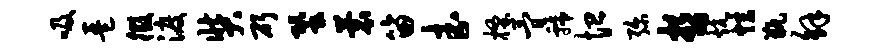
吸琶徵渡奘斫蛩蓑笛武搔简虢恤弥哲炕炫瓶解